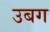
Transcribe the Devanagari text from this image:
उबग